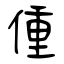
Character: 偅